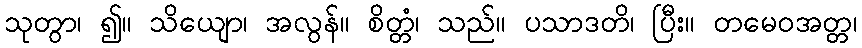
သုတွာ၊ ၍။ သိယျော၊ အလွန်။ စိတ္တံ၊ သည်။ ပသာဒတိ၊ ပြီး။ တမေဝအတ္တ၊